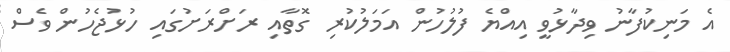
އެ މަނިކުފާނު ވިދާޅުވީ އިއްޔެ ފުލުހުން އަމަލުކުރި ގޮތާއި ރަށްރަށުގައި ހުޅުޖެހުން ވެސް